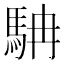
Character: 𩢡